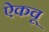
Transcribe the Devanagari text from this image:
ऐकवू